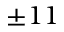
\pm 1 1